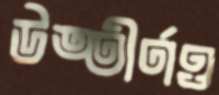
উত্তীর্ণও